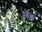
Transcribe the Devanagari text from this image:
मौव